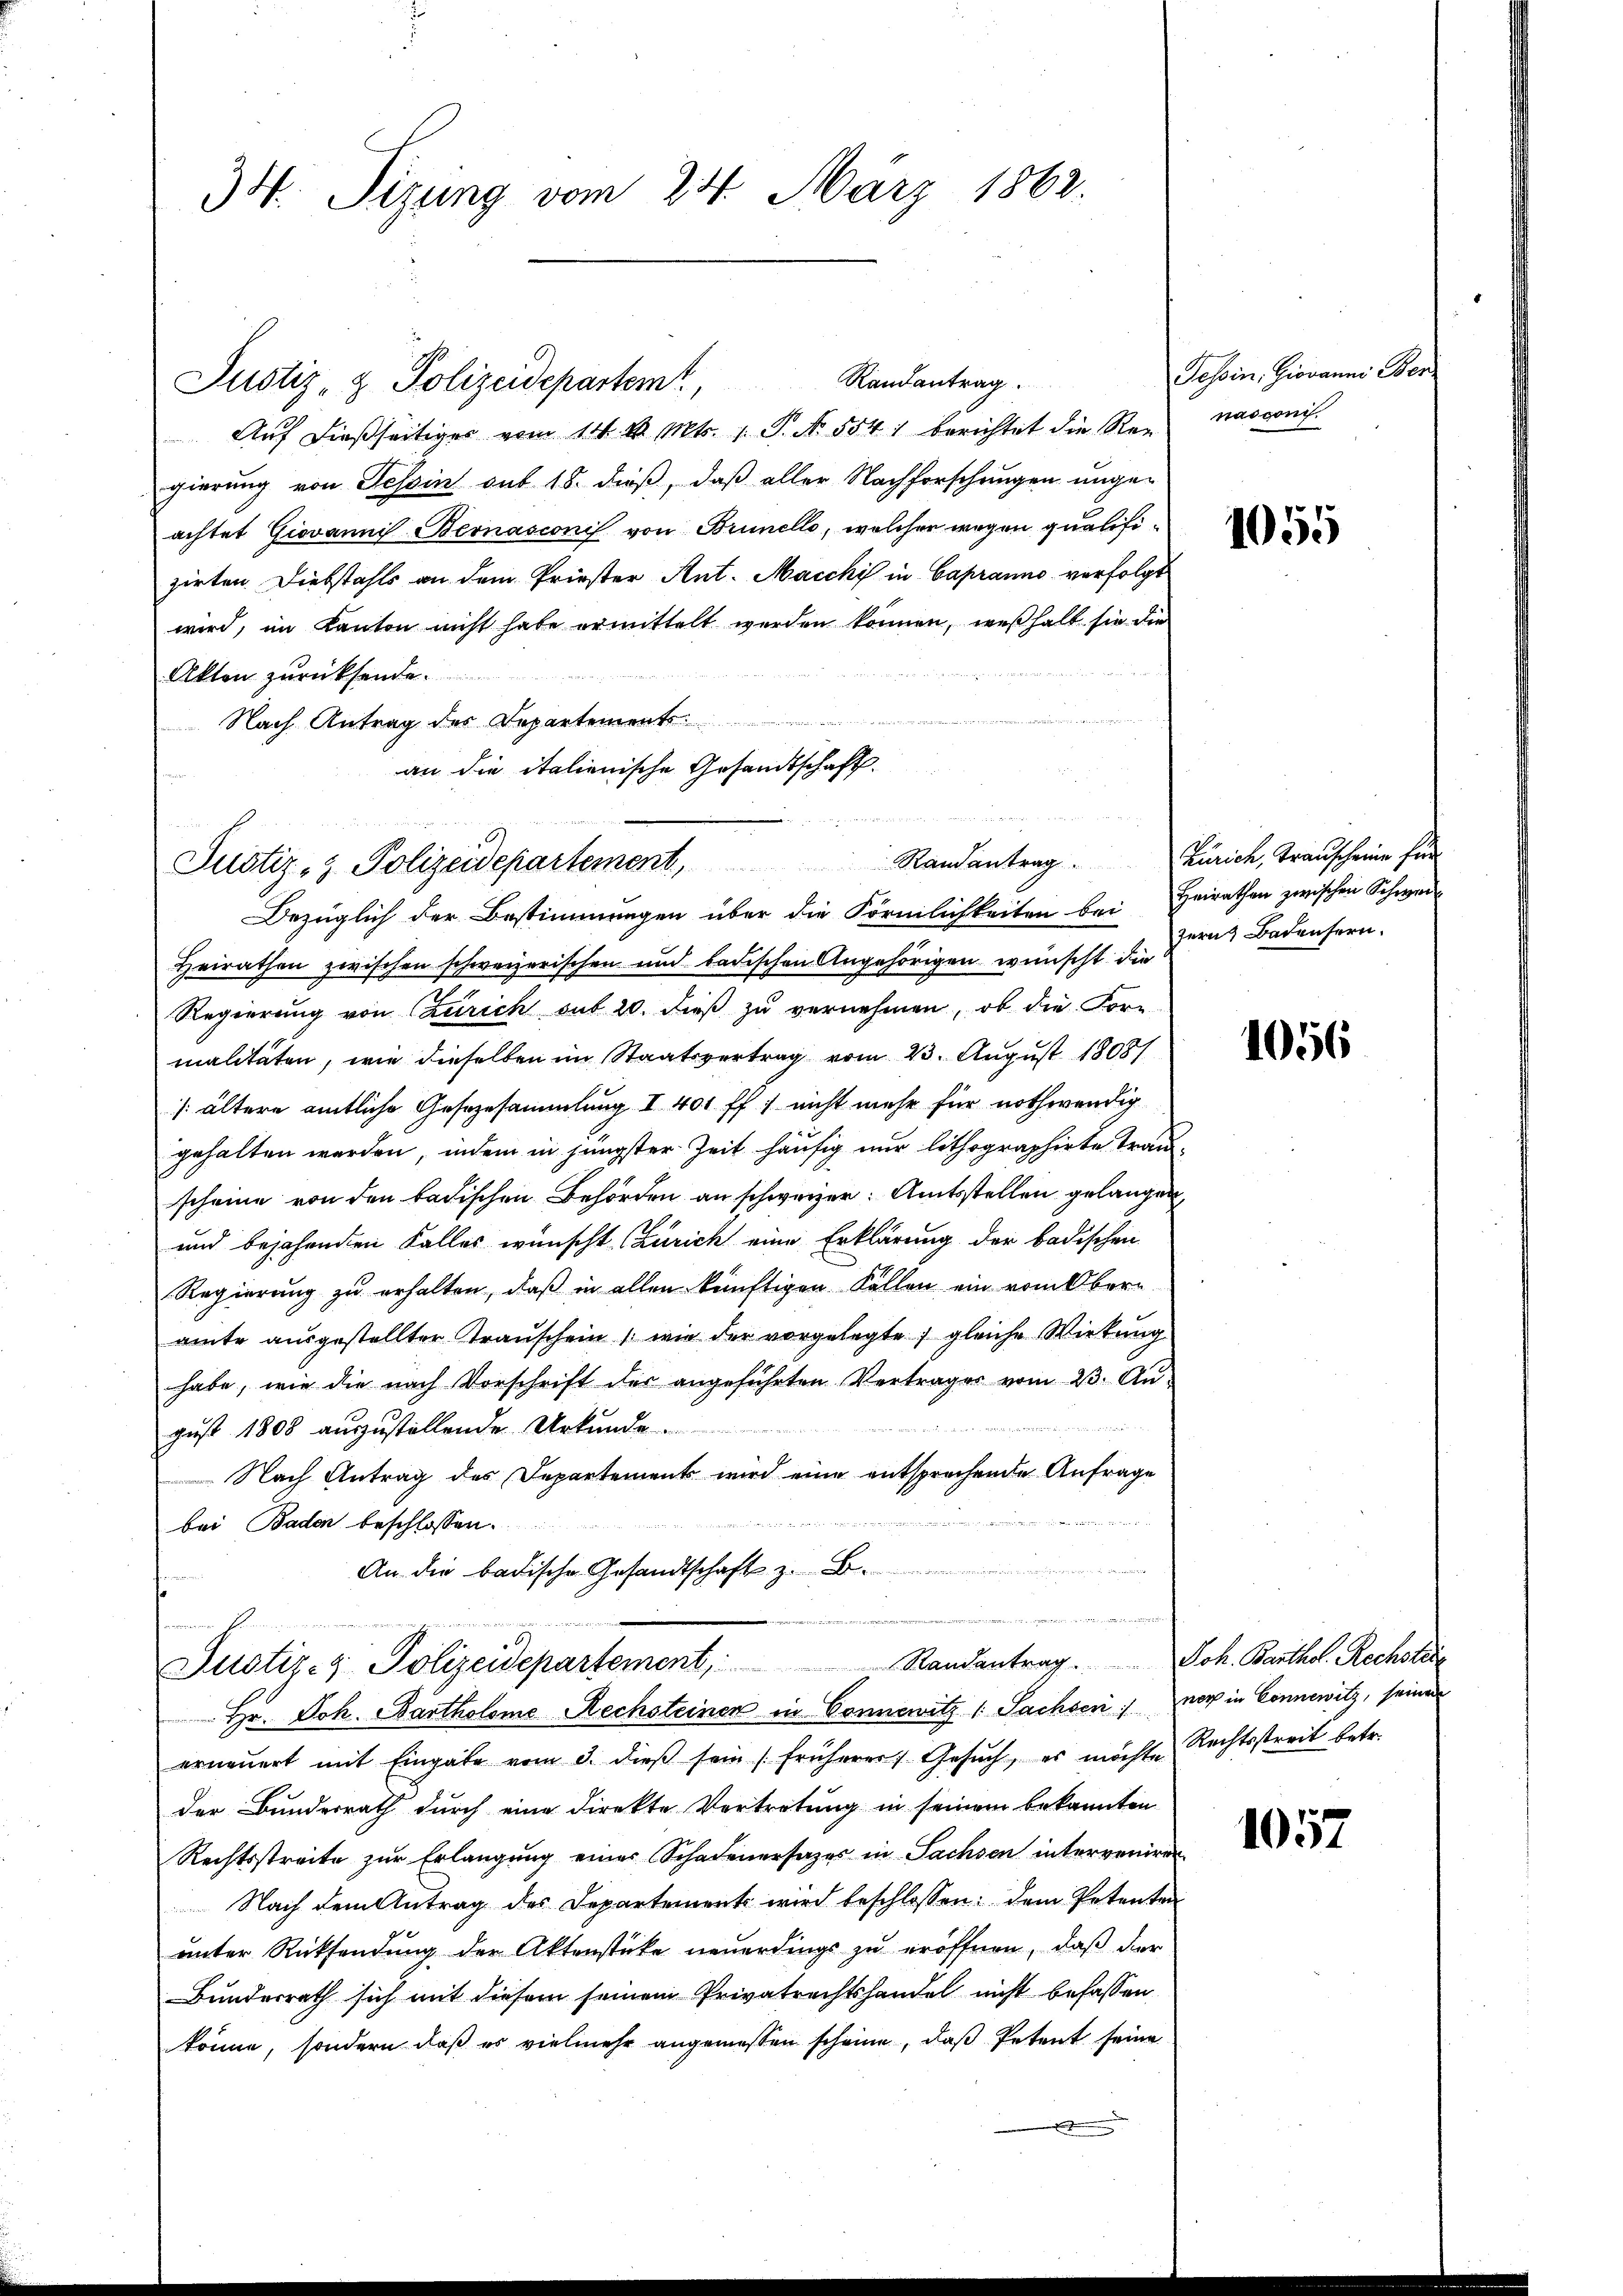
34. Sizung vom 24. März 1862.

Justiz- & Polizeidepartem Randantrag.
Auf dießseitiges vom 14. d. Mts. 1. S. N. 554. berichtet die Rengierung von Tessin sub 18. dieß, daß aller Nachforschungen ungeachtet Giovannis Bernasconis von Brunello, welcher wegen qualifizirten. Diebstahls an dem Priester Ant. Macchi in Capranno verfolgt
wird, im Kanton nicht habe ermittelt werden können, weßhalb sie die
Akten zurücksende.
Nach Antrag des Departement
an die italienische Gesandtschaft.

Justiz- & Polizeidepartement, Randantrag.

n

Justiz- & Polizeidepartement, Randantrag. Joh. Barthol. Rechstice
Hr. Joh. Bartholome Rechsteinen in Connewitz (Sachseriner in Connewitz, seiner

Bezüglich der Bestimmungen über die Förmlichkeiten bei Heirathen zwischen Schwer-
Heirathen zwischen schweizerischen und badischen Angehörigen wünscht die
Regierung von Zürich sub 20. dieß zu vernehmen, ob die For-
malitäten, wie dieselben im Staatsvertrag vom 23. August 18081
/. ältere amtliche Gesezesammlung I 401 ff. nicht mehr für nothwendig
gehalten werden, indem in jüngster Zeit häufig nur lithographirte trauscheine von den badischen Behörden an schweizer. Amtsstellen gelangen,
und bejahenden Falles wünscht (Zürich eine Erklärung der badischen
Regierung zu erhalten, daß in allen künftigen Fällen ein vom Obern
amte ausgestellter Trauschein (wie der vorgelegte, gleiche Wirkung
habe, wie die nach Vorschrift der angeführten Vertrages vom 23. Aŭ

gust 1808 auszustellende Urkunde
Nach Antrag des Departements wird eine entsprechende Anfrage

bei Baden beschlossen:
An die badische Gesandtschaft z. B.

erneŭert mit Eingabe vom 3. dieβ sein früherer Gesŭch, es möchte Rechtsstreit betr.
der Bundesrath durch eine direkte Vertretung in seinem bekannten
Rechtsstreite zŭr Erlangung einer Schadenersatzes in Sachsen interveniren
Nach dem Antrag des Departement wird beschlossen: dem Petenten
unter Rücksendung der Aktenstücke neuerdings zu eröffnen, daß der
Bundesrath sich mit diesem seinem Privatrechtshandel nicht befassen
könne, sondern, daß es vielmehr angemessen scheine, daß Petent seine

Tessin, Giovanns Ber
nasgoni.

1055

Zürich, Transcheine für
zern Badensern.

1056

1057